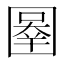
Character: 𰉓